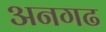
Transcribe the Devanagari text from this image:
अनगढ